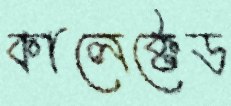
কালেক্টেড